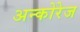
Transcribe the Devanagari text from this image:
अन्कोरेज